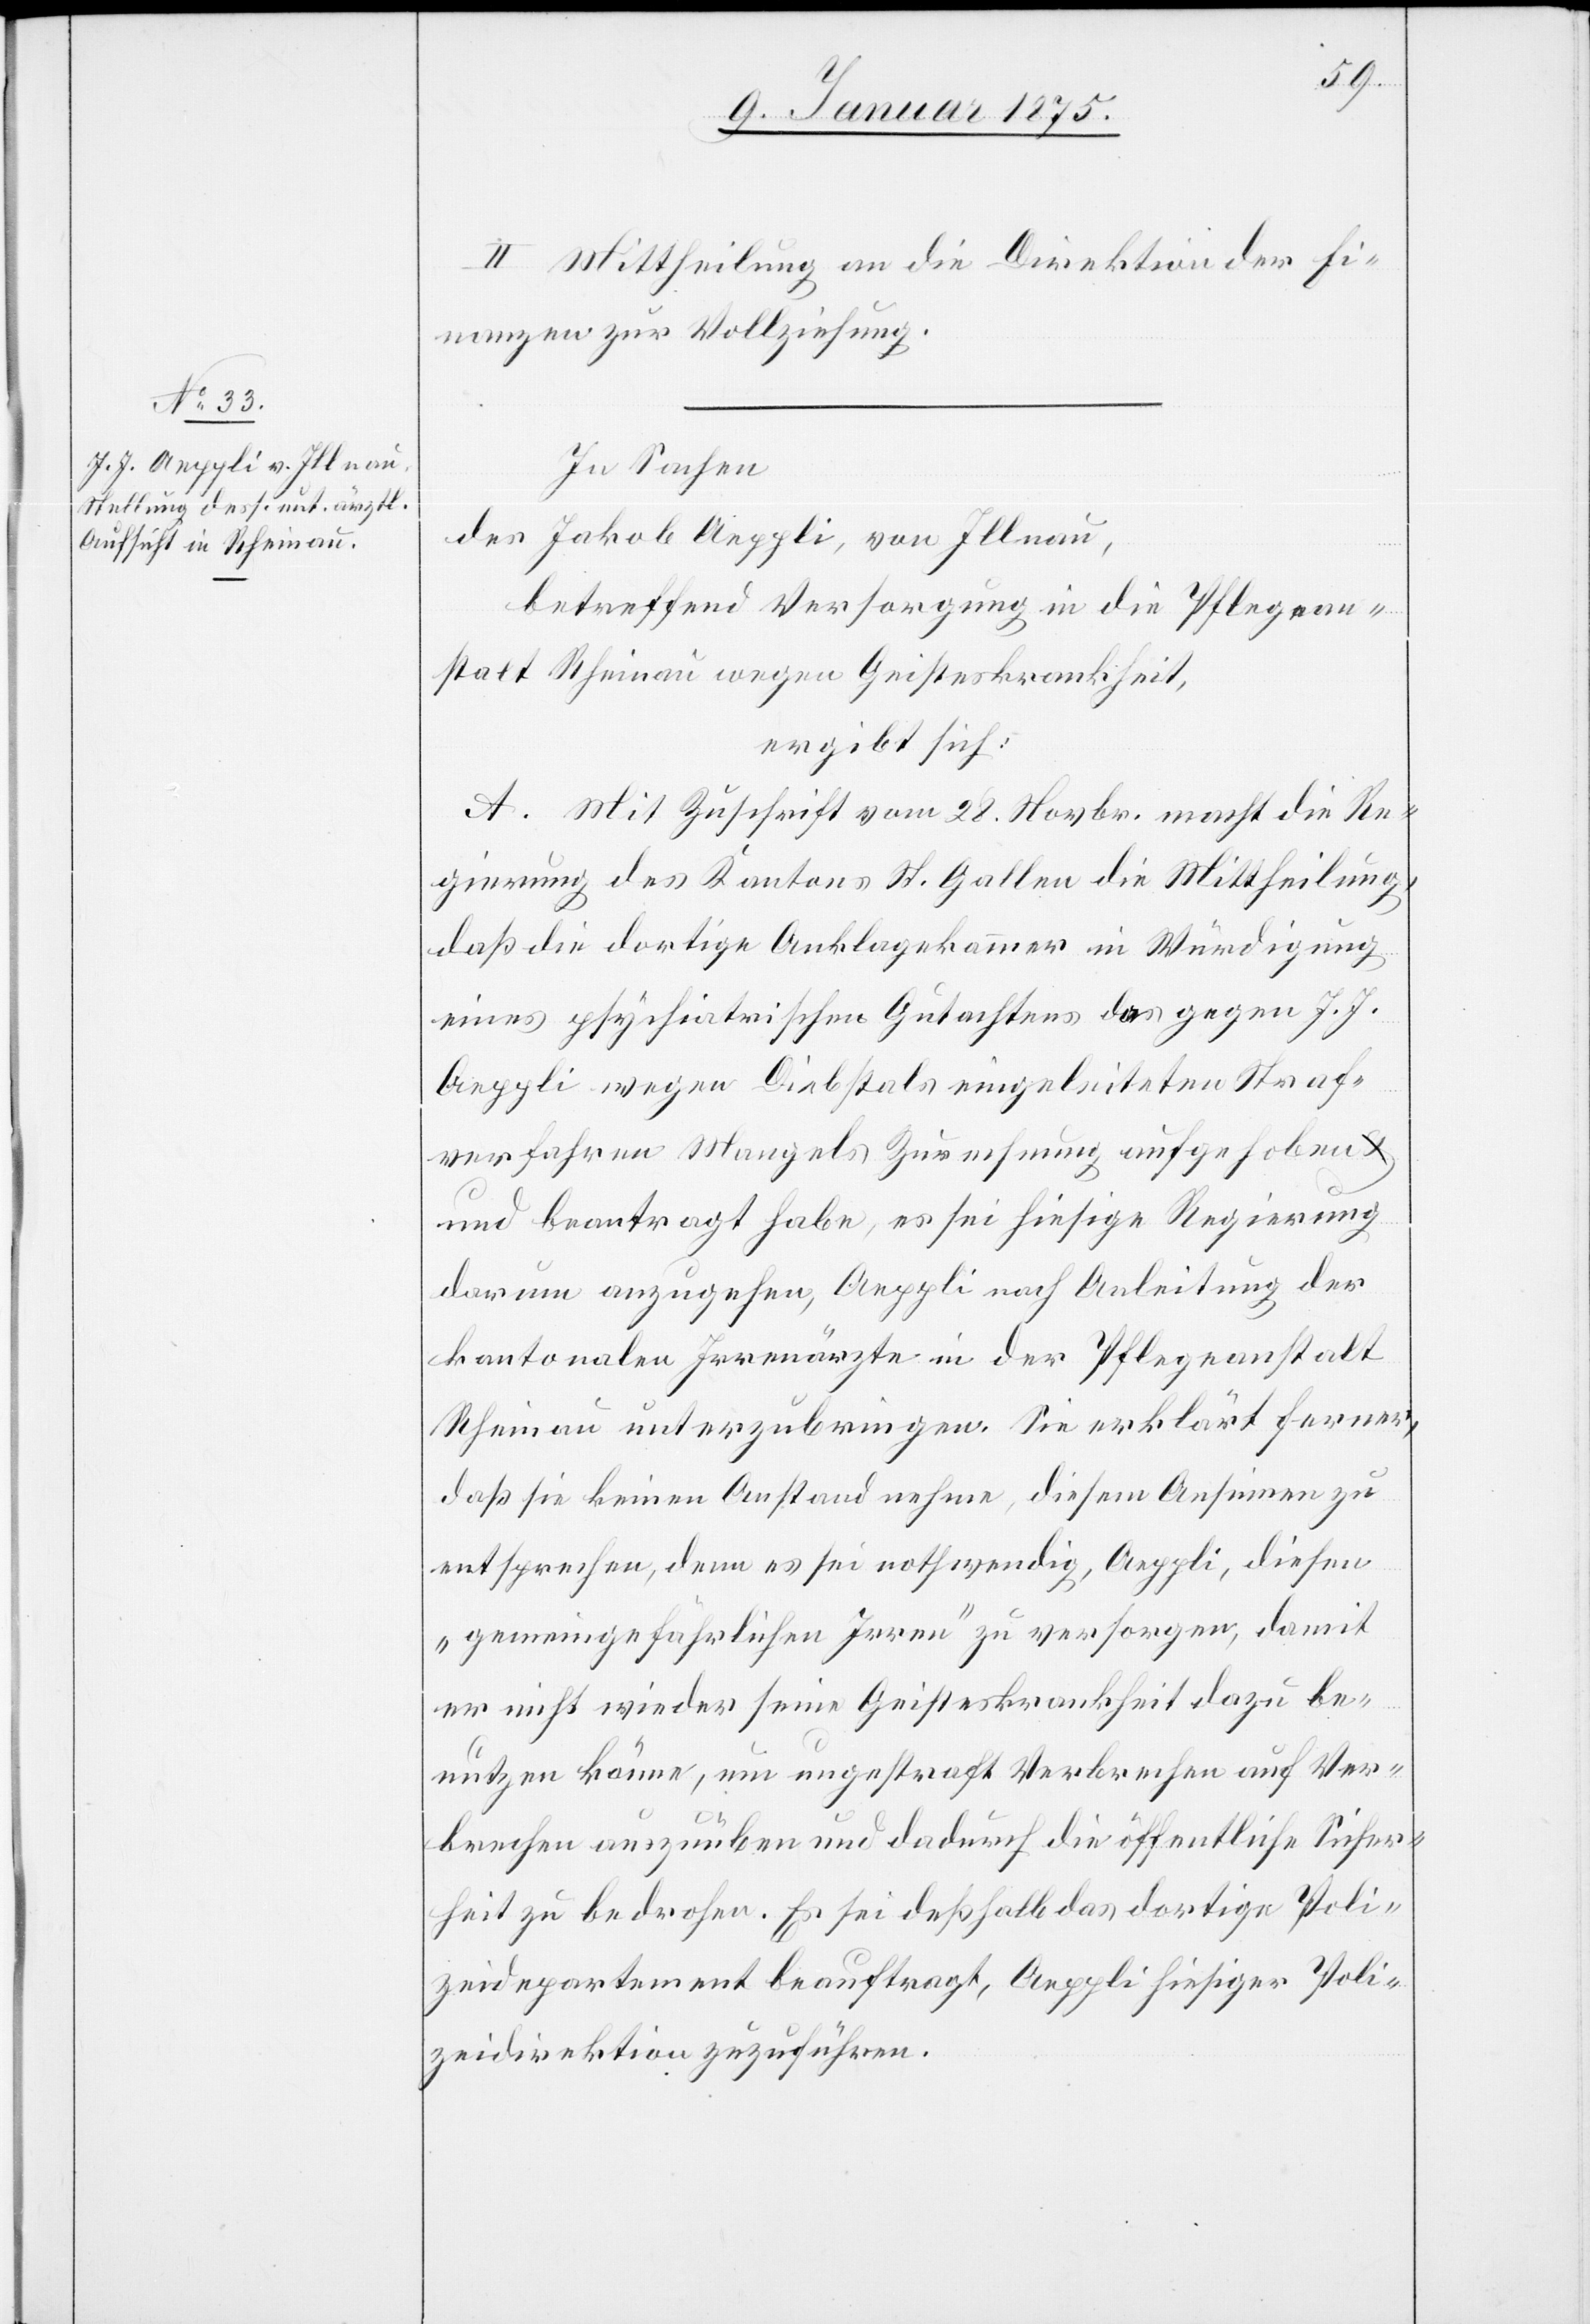
II. Mittheilung an die Direktion der Fi¬
nanzen zur Vollziehung.
In Sachen
des Jakob Aeppli, von Illnau,
betreffend Versorgung in die Pflegean¬
stalt Rheinau wegen Geisteskrankheit,
ergibt sich:
A. Mit Zuschrift vom 28. Novbr. macht die Re¬
gierung des Kantons St. Gallen die Mittheilung,
daß die dortige Anklagekammer in Würdigung
eines psychiatrischen Gutachtens des gegen J. J.
Aeppli wegen Diebstals eingeleiteten Straf¬
verfahren Mangels Zurechnung aufgehoben &
und beantragt habe, es sei hiesige Regierung
darum anzugehen, Aeppli nach Anleitung der
kantonalen Irrenärzte in der Pflegeanstalt
Rheinau unterzubringen. Sie erklärt ferner,
daß sie keinen Anstand nehme, diesem Ansinnen zu
entsprechen, denn es sei nothwendig, Aeppli, diesen
„gemeingefährlichen Irren“ zu versorgen, damit
er nicht wieder seine Geisteskrankheit dazu be¬
nutzen könne, um ungestraft Verbrechen auf Ver¬
brechen auszuüben und dadurch die öffentliche Sicher¬
heit zu bedrohen. Es sei deßhalb das dortige Poli¬
zeidepartement beauftragt, Aeppli hießiger Poli¬
zeidirektion zuzuführen.